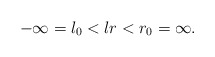
\begin{align*}-\infty=l_0<l r<r_0=\infty. \end{align*}